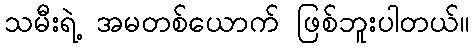
သမီးရဲ့ အမတစ်ယောက် ဖြစ်ဘူးပါတယ်။